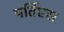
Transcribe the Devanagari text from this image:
पर्तिएस